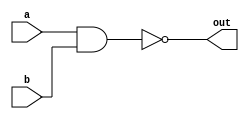
`ifndef _h_nand_
`define _h_nand_
`timescale 1ns / 1ps

module hNand(
    input wire a,
    input wire b,
    output wire out
    );

	assign out = ~(a&b);
endmodule

`endif